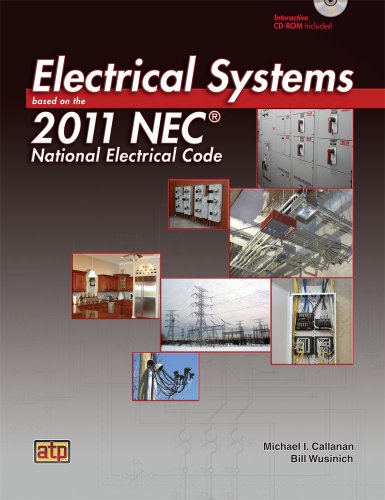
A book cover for Electrical Systems Based on the 2011 NECÂ®; Michael I. Callanan; Science & Math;